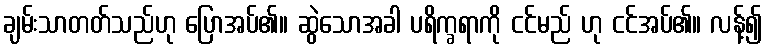
ချမ်းသာတတ်သည်ဟု ပြောအပ်၏။ ဆွဲသောအခါ ပရိက္ခရာကို ငင်မည် ဟု ငင်အပ်၏။ လန့်၍